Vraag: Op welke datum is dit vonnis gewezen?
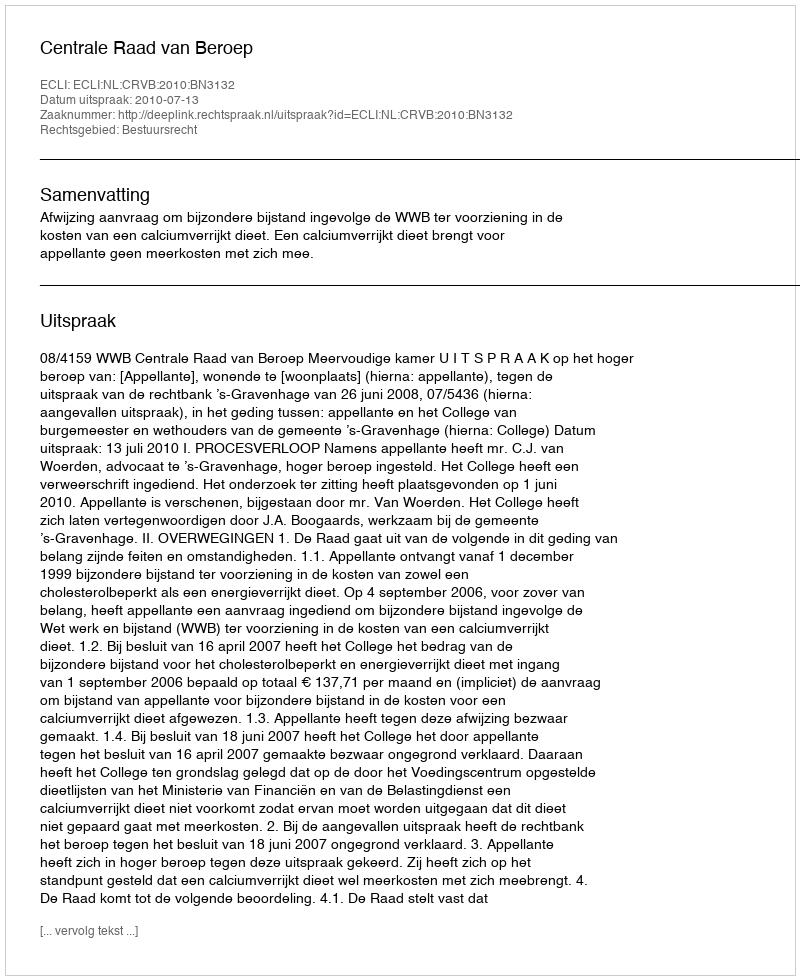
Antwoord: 2010-07-13